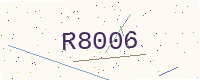
Text: R8006